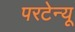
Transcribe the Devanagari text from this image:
परटेन्यू